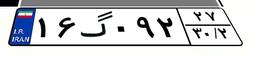
۰۴گ۳۱۹۹۵